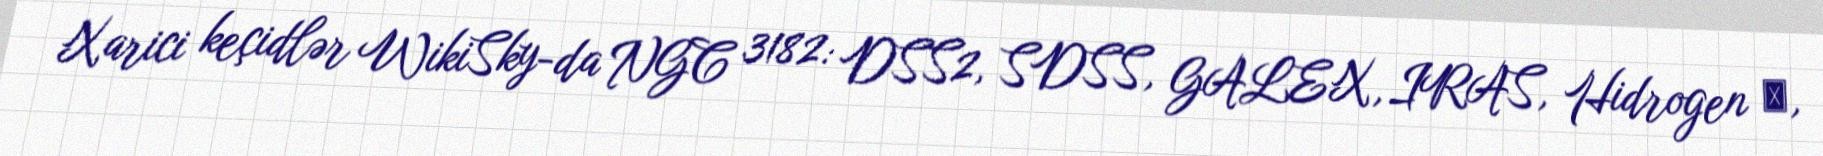
Xarici keçidlər WikiSky-da NGC 3182: DSS2, SDSS, GALEX, IRAS, Hidrogen α,